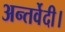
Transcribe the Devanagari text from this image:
अन्तर्वेदी।